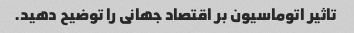
تاثیر اتوماسیون بر اقتصاد جهانی را توضیح دهید.